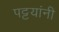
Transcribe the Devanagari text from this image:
पट्टयांनी